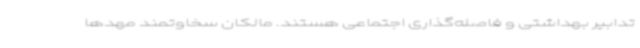
تدابیر بهداشتی و فاصله‌گذاری اجتماعی هستند. مالکان سخاوتمند مهدها